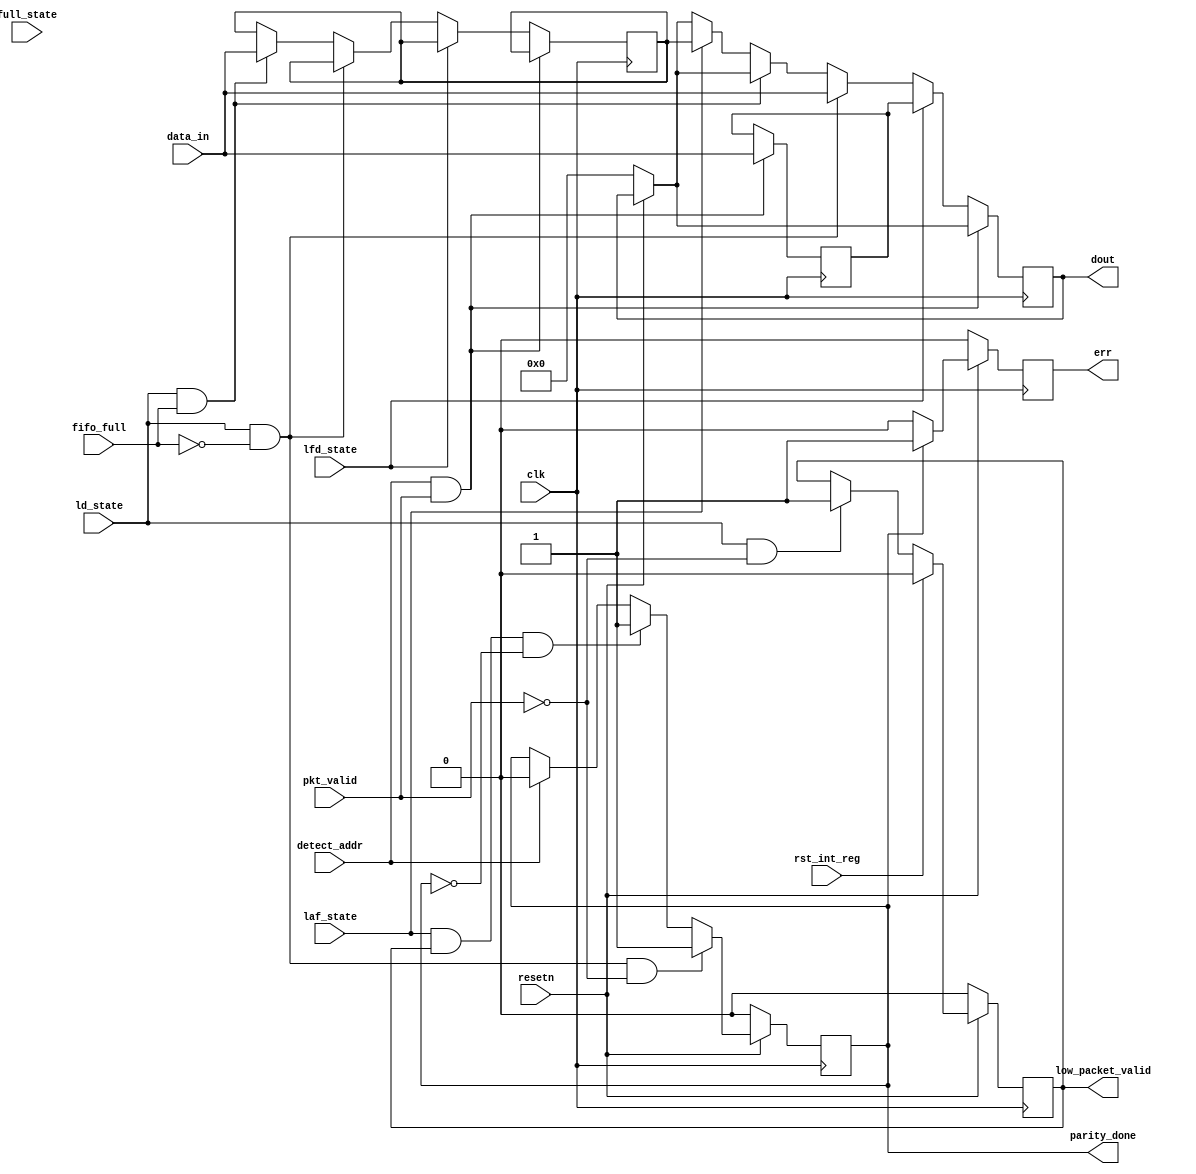

module register(clk,resetn,pkt_valid,fifo_full,detect_addr,ld_state,laf_state,full_state,lfd_state,rst_int_reg,data_in,
                          err,parity_done,low_packet_valid,dout);
    input clk,resetn,pkt_valid,fifo_full,detect_addr,ld_state,laf_state,full_state,lfd_state,rst_int_reg;    
    input [7:0]data_in;
    output reg err,parity_done,low_packet_valid;
                output reg[7:0]dout;
  
    reg [7:0] hold_header_byte;
    reg [7:0] fifo_full_state_byte;
    reg [7:0] internal_parity;
    reg [7:0] pkt_parity_byte;
                     
                                                                    
    always@(posedge clk)
    begin
    if (~resetn)
          parity_done<=1'b0;
    else if(ld_state&&~fifo_full&&~pkt_valid)
    parity_done<=1'b1;
    else if (laf_state&&low_packet_valid&& ~parity_done)
    parity_done<=1'b1;
    else if (detect_addr)
    parity_done<=1'b0;
    end
    
    
    always@(posedge clk)
    begin 
    if(~resetn)
    low_packet_valid<=1'b0;
    else if (rst_int_reg)
    low_packet_valid<=1'b0;
    else if(ld_state && ~pkt_valid)
    low_packet_valid<=1'b1;
    end
    
    
    always@(posedge clk)
    begin
        if(~resetn)
         dout<=8'b0;    
    if (detect_addr&&pkt_valid)
    hold_header_byte<=data_in;
    else if(lfd_state)
    dout<=hold_header_byte;
    else if (ld_state&&~fifo_full)
    dout<=data_in;
    else if(ld_state&&fifo_full)
    fifo_full_state_byte<=data_in;
    else if(laf_state)
    dout<=fifo_full_state_byte;
    end
    
    
    always@(posedge clk)
    begin
    if (~resetn)
    internal_parity<=8'b0;
    else if (laf_state)
    internal_parity<=internal_parity^hold_header_byte;
    else if(ld_state && pkt_valid && ~full_state)
    internal_parity<=internal_parity^data_in;
    else if (detect_addr)
    internal_parity<=8'b0;
    end
    
    always@(posedge clk)
    begin 
    pkt_parity_byte<=8'b0;
          if(~pkt_valid && ld_state)
    pkt_parity_byte<=data_in;
    end
    
    always@(posedge clk)
    begin
    if(~resetn)
    err<=1'b0;
    else
    begin
    if (parity_done)
    err<=1'b1;
    else 
    err<=1'b0;
    end
    end
    
    endmodule